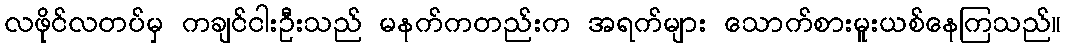
လဖိုင်လတပ်မှ ကချင်ငါးဦးသည် မနက်ကတည်းက အရက်များ သောက်စားမူးယစ်နေကြသည်။